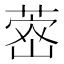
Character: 𮐗